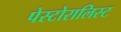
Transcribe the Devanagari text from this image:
पेस्टोरालिस्ट